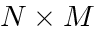
N \times M